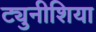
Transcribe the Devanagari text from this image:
ट्युनीशिया